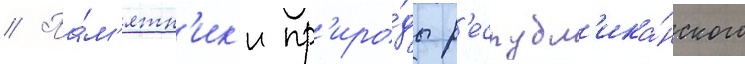
// Па́м'ятн'ик'и пр'иро́ды р'еспубл'ика́нского